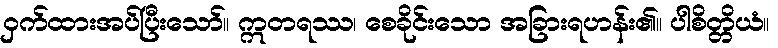
ဝှက်ထားအပ်ပြီးသော်။ ဣတရဿ၊ စေခိုင်းသော အခြားရဟန်း၏။ ပါစိတ္တိယံ။